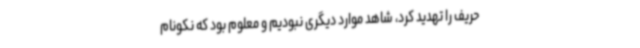
حریف را تهدید کرد، شاهد موارد دیگری نبودیم و معلوم بود که نکونام